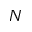
N